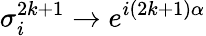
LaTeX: \sigma_{i}^{2k+1}\rightarrow e^{i(2k+1)\alpha}